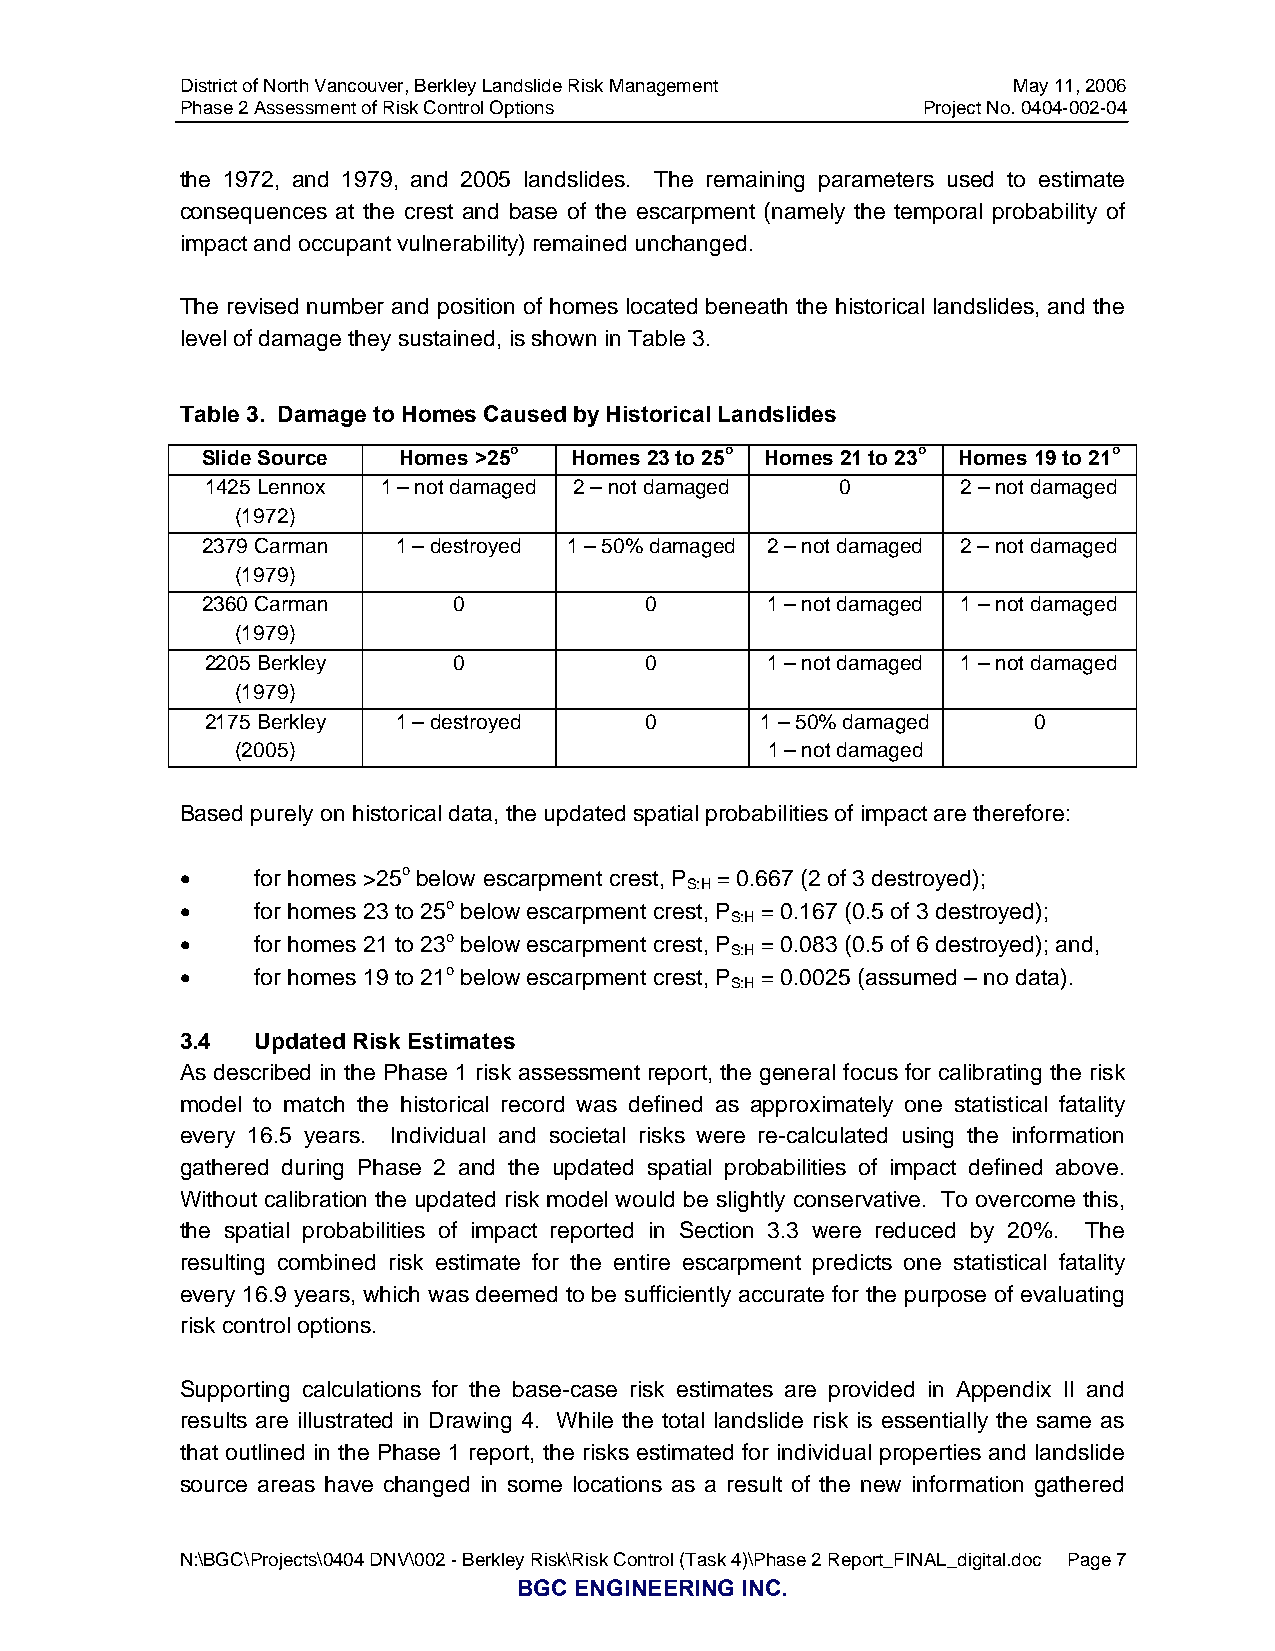
District of North Vancouver, Berkley Landslide Risk Management May 11, 2006
 Phase 2 Assessment of Risk Control Options       Project No. 0404-002-04
 the 1972, and 1979, and 2005 landslides. The remaining parameters used to estimate
 consequences at the crest and base of the escarpment (namely the temporal probability of
 impact and occupant vulnerability) remained unchanged.
 The revised number and position of homes located beneath the historical landslides, and the
 level of damage they sustained, is shown in Table 3.
 Table 3. Damage to Homes Caused by Historical Landslides
 Slide Source Homes >25o  Homes 23 to 25o Homes 21 to 23o Homes 19 to 21o
 1425 Lennox 1 – not damaged 2 – not damaged 0     2 – not damaged
 (1972)
 2379 Carman  1 – destroyed 1 – 50% damaged 2 – not damaged 2 – not damaged
 (1979)
 2360 Carman      0            0       1 – not damaged 1 – not damaged
 (1979)
 2205 Berkley    0            0       1 – not damaged 1 – not damaged
 (1979)
 2175 Berkley 1 – destroyed   0      1 – 50% damaged   0
 (2005)                             1 – not damaged
 Based purely on historical data, the updated spatial probabilities of impact are therefore:
 •    for homes >25o below escarpment crest, P = 0.667 (2 of 3 destroyed);
 S:H
 •    for homes 23 to 25o below escarpment crest, P = 0.167 (0.5 of 3 destroyed);
 S:H
 •    for homes 21 to 23o below escarpment crest, P = 0.083 (0.5 of 6 destroyed); and,
 S:H
 •    for homes 19 to 21o below escarpment crest, P = 0.0025 (assumed – no data).
 S:H
 3.4  Updated Risk Estimates
 As described in the Phase 1 risk assessment report, the general focus for calibrating the risk
 model to match the historical record was defined as approximately one statistical fatality
 every 16.5 years. Individual and societal risks were re-calculated using the information
 gathered during Phase 2 and the updated spatial probabilities of impact defined above.
 Without calibration the updated risk model would be slightly conservative. To overcome this,
 the spatial probabilities of impact reported in Section 3.3 were reduced by 20%. The
 resulting combined risk estimate for the entire escarpment predicts one statistical fatality
 every 16.9 years, which was deemed to be sufficiently accurate for the purpose of evaluating
 risk control options.
 Supporting calculations for the base-case risk estimates are provided in Appendix II and
 results are illustrated in Drawing 4. While the total landslide risk is essentially the same as
 that outlined in the Phase 1 report, the risks estimated for individual properties and landslide
 source areas have changed in some locations as a result of the new information gathered
 N:\BGC\Projects\0404 DNV\002 - Berkley Risk\Risk Control (Task 4)\Phase 2 Report_FINAL_digital.doc Page 7
 BGC ENGINEERING INC.